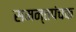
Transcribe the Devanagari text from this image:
समन्तपंचक